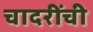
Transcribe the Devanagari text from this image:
चादरींची